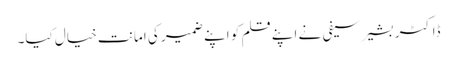
ڈاکٹر بشیر سیفی نے اپنے قلم کو اپنے ضمیر کی امانت خیال کیا۔